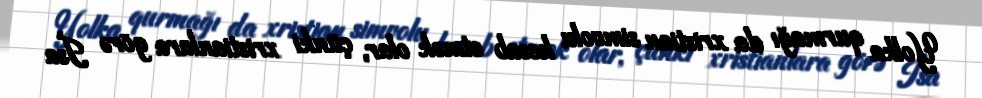
Yolka qurmağı da xristian simvolu hesab etmək olar, çünki xristianlara görə İsa